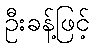
ဦးခန့်ဖြင့်